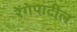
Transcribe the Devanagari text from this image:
रेंगेपाटील